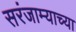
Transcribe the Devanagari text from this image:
सरंजाम्याच्या